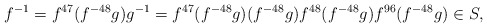
\begin{align*}f^{-1}=f^{47}(f^{-48}g)g^{-1}=f^{47}(f^{-48}g)(f^{-48}g)f^{48}(f^{-48}g)f^{96}(f^{-48}g)\in S,\end{align*}